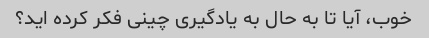
خوب، آیا تا به حال به یادگیری چینی فکر کرده اید؟